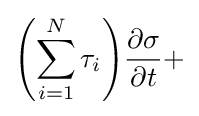
{\left({\sum _{i=1}^{N}{\tau _{i}}}\right)}{\frac {\partial {\sigma }}{\partial {t}}}+